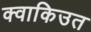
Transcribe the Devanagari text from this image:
क्वाकिउत